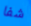
شفا